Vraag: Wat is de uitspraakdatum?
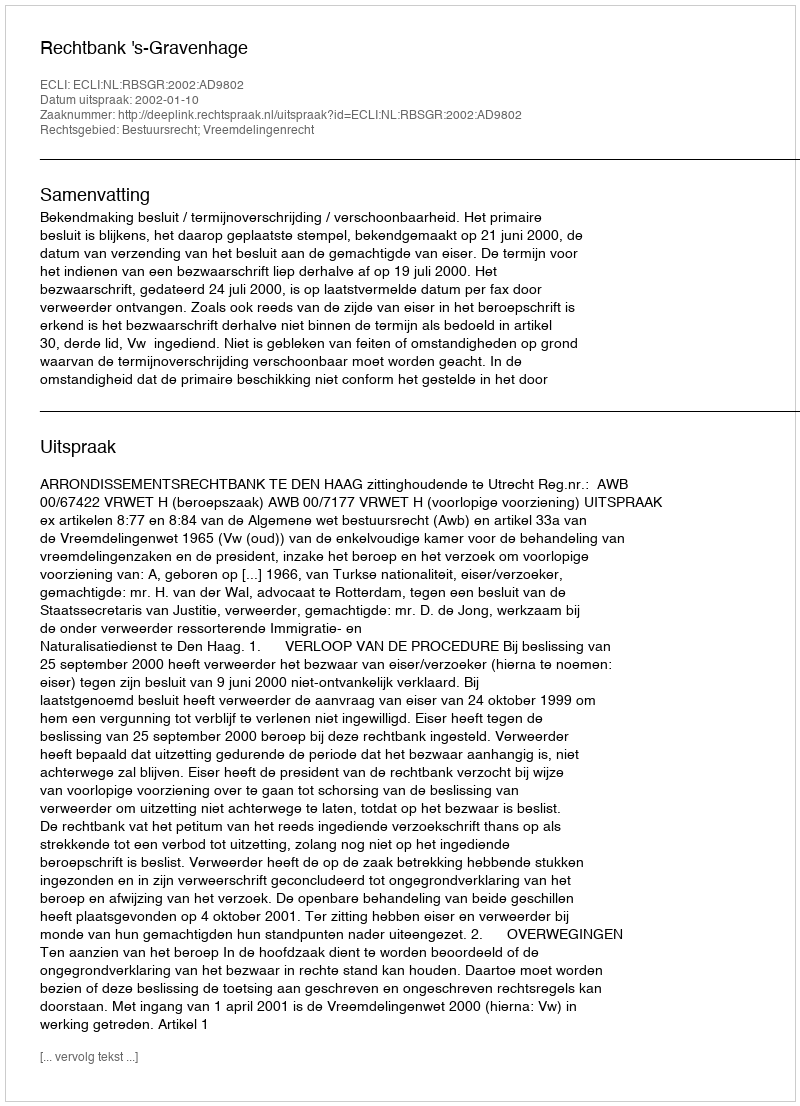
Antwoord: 2002-01-10